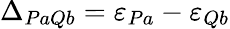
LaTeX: \Delta_{PaQb}=\varepsilon_{Pa}-\varepsilon_{Qb}